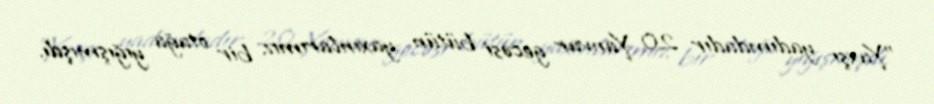
"Yaxşı yadımdadır 20 Yanvar gecəsi bütün yaxınlarımız bir otağa yığışmışdı.